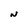
Character: N